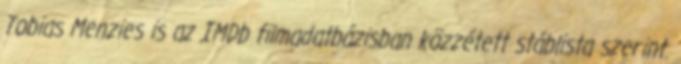
Tobias Menzies is az IMDb filmadatbázisban közzétett stáblista szerint.